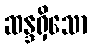
ဆန္ဒရှိသော